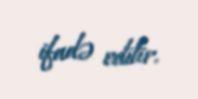
ifadə edilir.